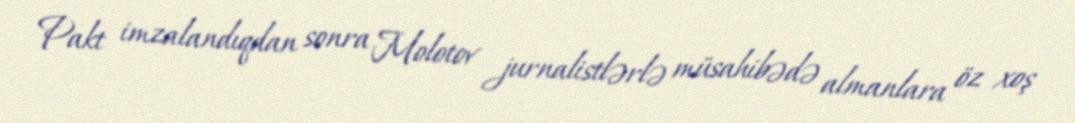
Pakt imzalandıqdan sonra Molotov jurnalistlərlə müsahibədə almanlara öz xoş